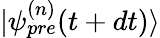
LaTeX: |\psi_{pre}^{(n)}(t+dt)\rangle